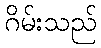
ဂိမ်းသည်